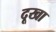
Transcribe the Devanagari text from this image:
दूखा